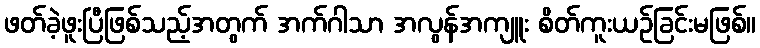
ဖတ်ခဲ့ဖူးပြီဖြစ်သည့်အတွက် အက်ဂါသာ အလွန်အကျူး စိတ်ကူးယဉ်ခြင်းမဖြစ်။